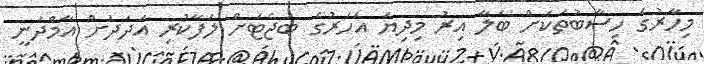
މިހާރުގެ ހިސާބުތަކަށް ބަލާ އިރު މިދިޔަ އަހަރުގެ ބަޖެޓަށް ލަފާކުރި އަދަދަށް އާމްދަނީ